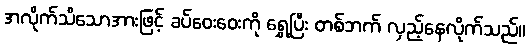
အလိုက်သိသောအားဖြင့် ခပ်ဝေးဝေးကို ရွှေ့ပြီး တစ်ဘက် လှည့်နေလိုက်သည်။